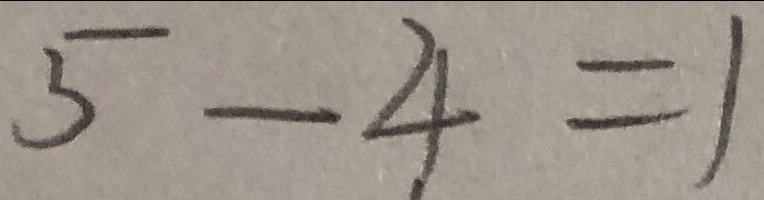
5 - 4 = 1